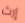
إرث